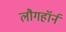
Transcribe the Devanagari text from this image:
लौगहॉर्न